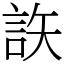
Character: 䛈